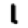
Digit: 1